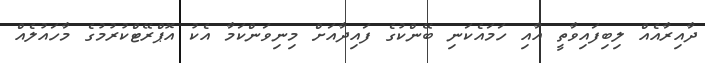
ދާއިރާއެއް ލިބިފައިވާތީ އާއި ހަމައެކަނި ބޭންކުގެ ފައިދާއަށް މިނިވަންކަމާ އެކު އޮޕްރޭޓްކުރުމުގެ މާހައުލެއް